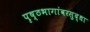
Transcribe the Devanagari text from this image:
पृष्ठभागांवरसुद्धा